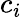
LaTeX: c_{i}